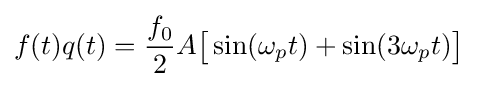
f(t)q(t)={\frac {f_{0}}{2}}A{\big [}\sin(\omega _{p}t)+\sin(3\omega _{p}t){\big ]}